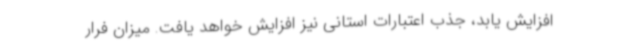
افزایش یابد، جذب اعتبارات استانی نیز افزایش خواهد یافت. میزان فرار